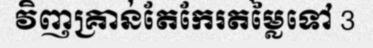
វិញគ្រាន់តែកែរតម្លៃទៅ 3